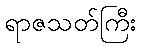
ရာဇသတ်ကြီး